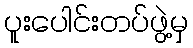
ပူးပေါင်းတပ်ဖွဲ့မှ